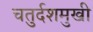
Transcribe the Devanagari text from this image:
चतुर्दशमुखी